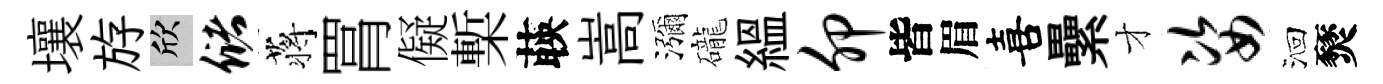
壤斿欣储蒋罥儗槧𦴤嵩瀰礲緼卯皆眉喜纍才姿洄燹